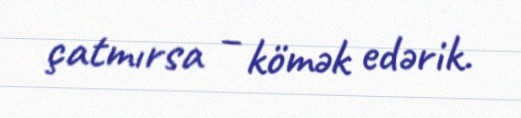
çatmırsa – kömək edərik.